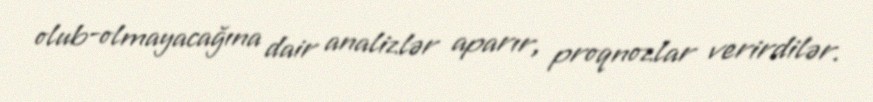
olub-olmayacağına dair analizlər aparır, proqnozlar verirdilər.